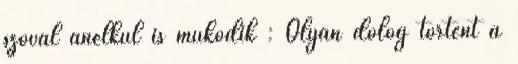
szóval anélkül is működik : Olyan dolog történt a